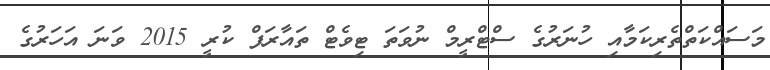
މަސައްކަތްތެރިކަމާއި ހުނަރުގެ ސްޓްރީމް ނުވަތަ ޓިވެޓް ތައާރަފް ކުރީ 2015 ވަނަ އަހަރުގެ